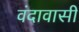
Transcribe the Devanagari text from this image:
वंदावासी